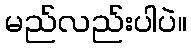
မည်လည်းပါပဲ။